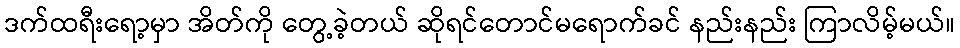
ဒက်ထရီးရော့မှာ အိတ်ကို တွေ့ခဲ့တယ် ဆိုရင်တောင်မရောက်ခင် နည်းနည်း ကြာလိမ့်မယ်။